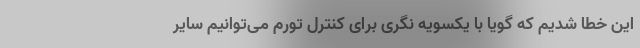
این خطا شدیم که گویا با یکسویه نگری برای کنترل تورم می‌توانیم سایر